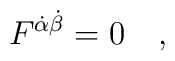
F^{\dot\alpha\dot\beta}=0 \ \ \ ,